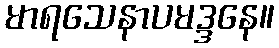
မာရသေနာပမဒ္ဒနေ။